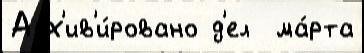
Арх'ив'и́ровано д'ел  ма́рта